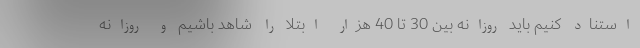
استناد کنیم باید روزانه بین 30 تا 40 هزار ابتلا را شاهد باشیم و روزانه